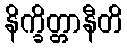
နိက္ခိတ္တာနီတိ